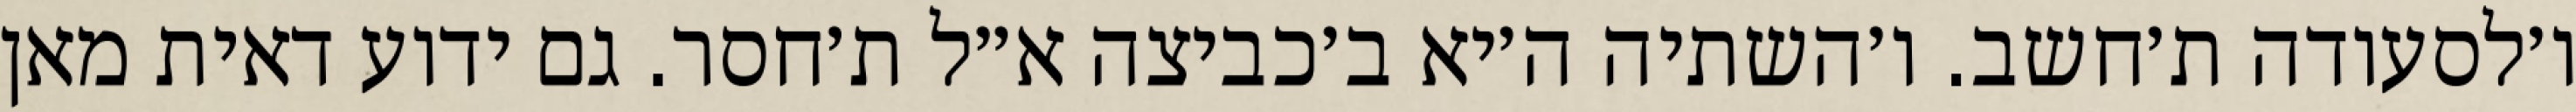
ו׳לסעודה ת׳חשב. ו׳השתיה ה׳יא ב׳כביצה א״ל ת׳חסר. גם ידוע דאית מאן